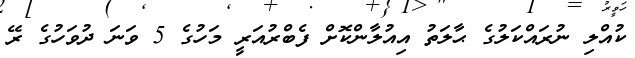
ކުއްލި ނުރައްކަލުގެ ޙާލަތު އިއުލާންކޮށް ފެބްރުއަރީ މަހުގެ 5 ވަނަ ދުވަހުގެ ރޭ